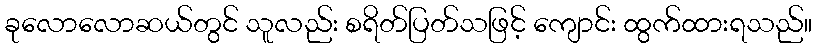
ခုလောလောဆယ်တွင် သူလည်း စရိတ်ပြတ်သဖြင့် ကျောင်း ထွက်ထားရသည်။